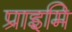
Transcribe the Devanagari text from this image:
प्राइमि